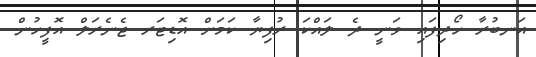
އަނބުރާ ހޯދިފައި ވަނީ ދެ ލައްކަ ރުފިޔާ ކަމަށް އޮޑިޓަރ ޖެނެރަލް އޮފީހުން